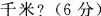
千米?(6分)